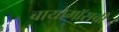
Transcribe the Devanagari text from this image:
बायोगॉसची